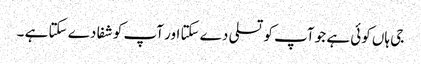
جی ہاں کوئی ہے جو آپ کو تسلی دے سکتا اور آپ کو شفا دے سکتا ہے ۔